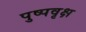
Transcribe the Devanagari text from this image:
पुष्पवृक्ष